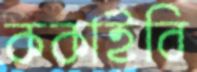
ককাইবি